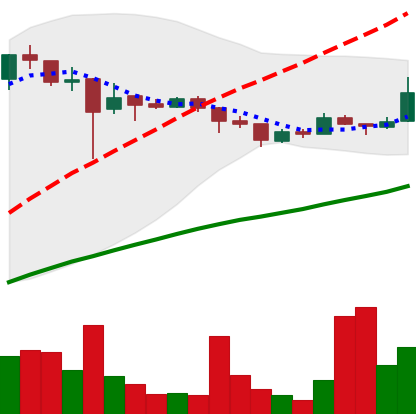
Ticker: LTC-USD
Chart end date: 2018-01-06
Forward return: -22.63%
Label: down_7plus